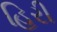
હિરી